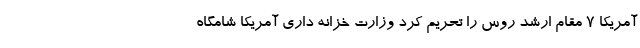
آمریکا 7 مقام ارشد روس را تحریم کرد وزارت خزانه داری آمریکا شامگاه